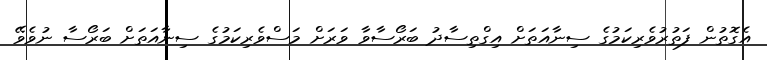
އެގޮތުން ފަތުރުވެރިކަމުގެ ސިނާއަތަށް އިގްތިސާދު ބަރޯސާވާ ވަރަށް މަސްވެރިކަމުގެ ސިނާއަތަށް ބަރޯސާ ނުވެވޭ